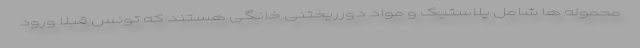
محموله ها شامل پلاستیک و مواد دورریختنی خانگی هستند که تونس قبلا ورود